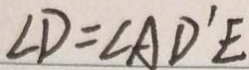
\angle D = \angle A D ^ { \prime } E